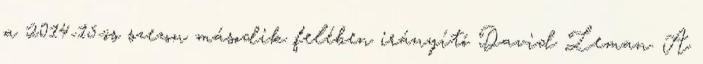
a 2014-15-ös szezon második felében irányító David Leman. A